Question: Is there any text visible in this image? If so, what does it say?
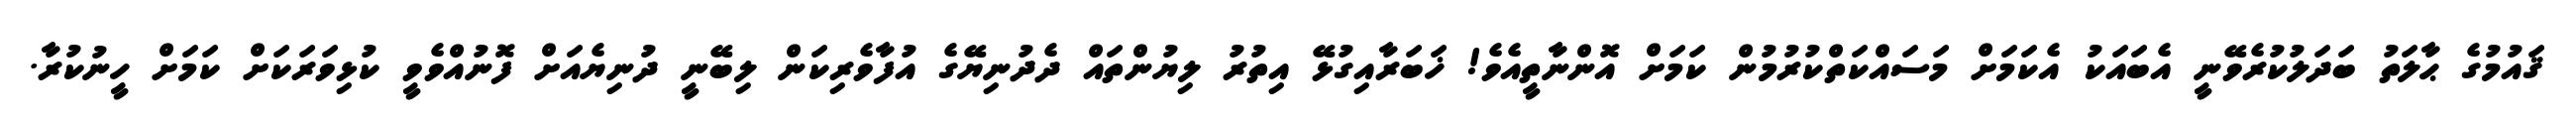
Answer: ޤައުމުގެ ޙާލަތު ބަދަލުކުރެވޭނީ އެބައަކު އެކަމަށް މަސައްކަތްކުރުމުން ކަމަށް އޮންނާތީއެވެ! ޚަބަރާއިގުޅޭ އިތުރު ލިޔުންތައް ދެދުނިޔޭގެ އުފާވެރިކަން ލިބޭނީ ދުނިޔެއަށް ފޮނުއްވެވީ ކުޅިވަރަކަށް ކަމަށް ހީނުކުރާ.